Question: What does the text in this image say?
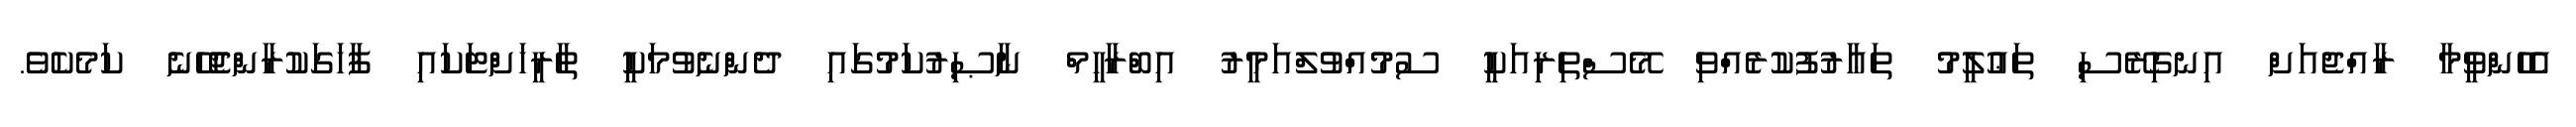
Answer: އެހެންވީމާ ރާއްޖެއަށް އިނގިރޭސި ތަޢުލީމު ތަޢާރުފުކުރެއްވި މޭސްތިރިއަކީ ސުމުއްވުލްއަމީރު އިބްރާހީމް ނާޞިރުކަމުގައި ދެންނެވުމަކީ ތާރީޚަށްޓަކައި ފާހަގަކުރާންޖެހޭނެ ކަމެކެވެ.